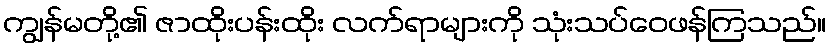
ကျွန်မတို့၏ ဇာထိုးပန်းထိုး လက်ရာများကို သုံးသပ်ဝေဖန်ကြသည်။